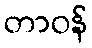
တာဝန်